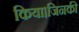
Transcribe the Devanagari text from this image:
किया।जिनकी